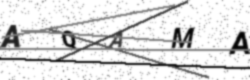
Text: AQAMA